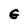
Character: G